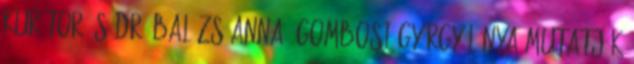
kurátor és Dr. Balázs Anna, Gombosi György lánya mutatják